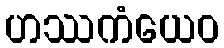
ဟဿကံယေဝ